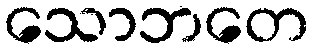
သောဘတေ